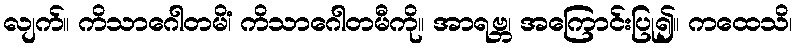
လျက်။ ကိသာဂေါတမိံ၊ ကိသာဂေါတမီကို။ အာရဗ္ဘ၊ အကြောင်းပြု၍။ ကထေသိ၊